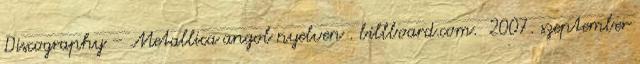
Discography – Metallica angol nyelven . billboard.com. 2007. szeptember